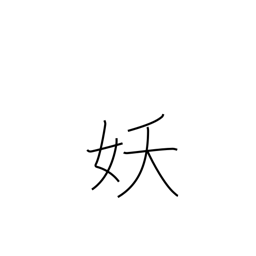
Meaning: bewitching